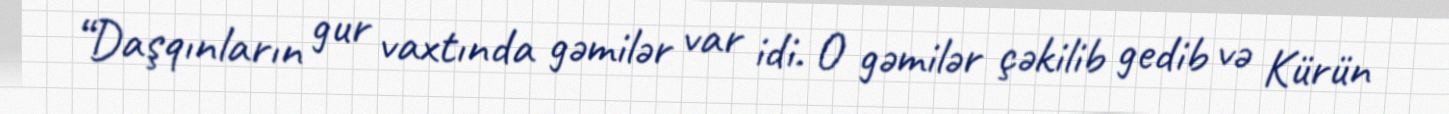
“Daşqınların gur vaxtında gəmilər var idi. O gəmilər çəkilib gedib və Kürün